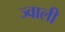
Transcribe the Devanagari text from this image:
ज्वाली